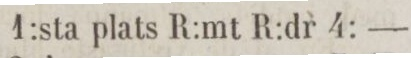
1:sta plats R:mt R:dr 4: —